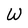
Character: W